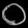
Digit: ၀